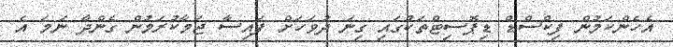
އެހެންކަމުން ފިކްސްޑް ޑިޕޮސިޓްތަކުގައި ގިނަ ދުވަހަށް ފައިސާ ޖަމާކުރަމުން ގެންދާ ނަމަ އެ